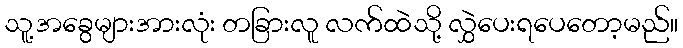
သူ့အခွေများအားလုံး တခြားလူ လက်ထဲသို့ လွှဲပေးရပေတော့မည်။